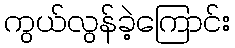
ကွယ်လွန်ခဲ့ကြောင်း